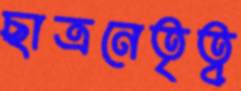
ছাত্রনেতৃত্ব